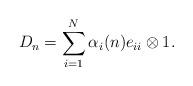
LaTeX: \begin{align*}D_n=\sum_{i=1}^N\alpha_i(n)e_{ii}\otimes1.\end{align*}